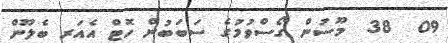
09  38  މޫސުން ގޯސްވުމުގެ ސަބަބުން ހޮޓް އެއަރ ބެލޫން